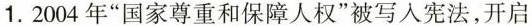
1. 2004 年“国家尊重和保障人权”被写入宪法，开启